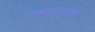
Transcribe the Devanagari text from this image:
विश्वव्यवस्था